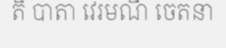
តិ បាតា វេរមណី ចេតនា